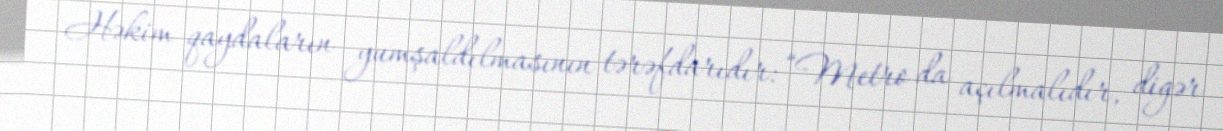
Həkim qaydaların yumşaldılmasının tərəfdarıdır: “Metro da açılmalıdır, digər